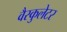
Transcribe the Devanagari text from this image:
वैस्कुलेटर